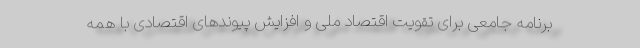
برنامه جامعی برای تقویت اقتصاد ملی و افزایش پیوندهای اقتصادی با همه